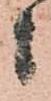
候